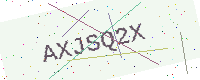
Text: AXJSQ2X